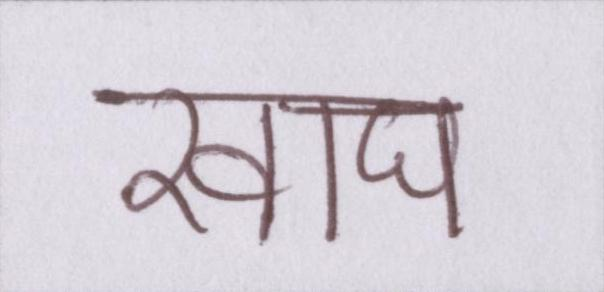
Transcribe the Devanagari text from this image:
खाद्य